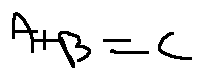
A + B = C